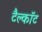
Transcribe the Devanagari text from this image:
टैल्कॉट